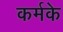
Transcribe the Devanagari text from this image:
कर्मके